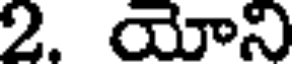
2. యోని